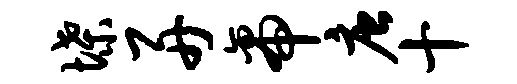
堞舟帝唐十